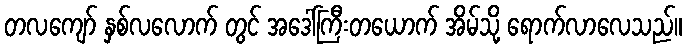
တလကျော် နှစ်လလောက် တွင် အဒေါ်ကြီးတယောက် အိမ်သို့ ရောက်လာလေသည်။